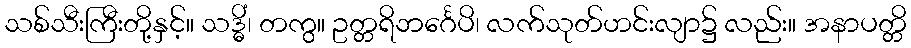
သစ်သီးကြီးတို့နှင့်။ သဒ္ဓိံ၊ တကွ။ ဥတ္တရိဘင်္ဂေပိ၊ လက်သုတ်ဟင်းလျာ၌ လည်း။ အနာပတ္တိ